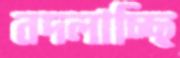
বদলাচ্ছি